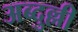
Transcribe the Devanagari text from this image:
अब्दुल्ली